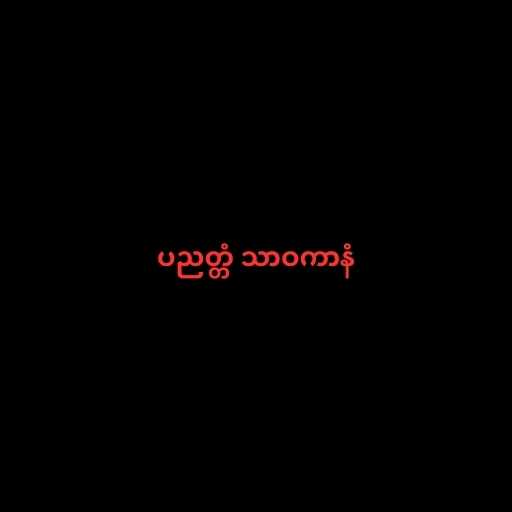
ပညတ္တံ သာဝကာနံ